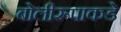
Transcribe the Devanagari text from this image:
बोलीरूपाकडे